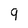
Character: 9